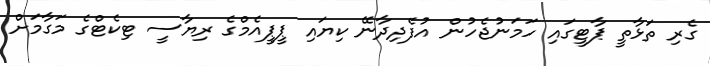
ގެރި ތަޅާތީ ޕާޓީގައި ހަމަނުޖެހުން އުފެދިދާނޭ ކިޔައި ޕީޕީއެމްގެ ރިޔާސީ ޓިކެޓްގެ މަގާމަށް